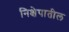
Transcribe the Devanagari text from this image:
निक्षेपातील